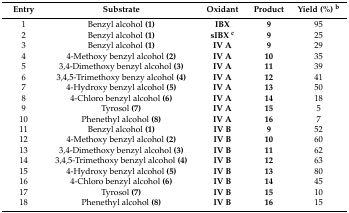
<table><thead><tr><td><b>Entry</b></td><td><b>Substrate</b></td><td><b>Oxidant</b></td><td><b>Product</b></td><td><b>Yield (%) <sup>b</sup></b></td></tr></thead><tbody><tr><td>1</td><td>Benzyl alcohol <b>(1)</b></td><td><b>IBX</b></td><td><b>9</b></td><td>95</td></tr><tr><td>2</td><td>Benzyl alcohol <b>(1)</b></td><td><b>sIBX <sup>c</sup></b></td><td><b>9</b></td><td>25</td></tr><tr><td>3</td><td>Benzyl alcohol <b>(1)</b></td><td><b>IV A</b></td><td><b>9</b></td><td>29</td></tr><tr><td>4</td><td>4-Methoxy benzyl alcohol <b>(2)</b></td><td><b>IV A</b></td><td><b>10</b></td><td>35</td></tr><tr><td>5</td><td>3,4-Dimethoxy benzyl alcohol <b>(3)</b></td><td><b>IV A</b></td><td><b>11</b></td><td>39</td></tr><tr><td>6</td><td>3,4,5-Trimethoxy benzy alcohol <b>(4)</b></td><td><b>IV A</b></td><td><b>12</b></td><td>41</td></tr><tr><td>7</td><td>4-Hydroxy benzyl alcohol <b>(5)</b></td><td><b>IV A</b></td><td><b>13</b></td><td>50</td></tr><tr><td>8</td><td>4-Chloro benzyl alcohol <b>(6)</b></td><td><b>IV A</b></td><td><b>14</b></td><td>18</td></tr><tr><td>9</td><td>Tyrosol <b>(7)</b></td><td><b>IV A</b></td><td><b>15</b></td><td>5</td></tr><tr><td>10</td><td>Phenethyl alcohol <b>(8)</b></td><td><b>IV A</b></td><td><b>16</b></td><td>7</td></tr><tr><td>11</td><td>Benzyl alcohol <b>(1)</b></td><td><b>IV B</b></td><td><b>9</b></td><td>52</td></tr><tr><td>12</td><td>4-Methoxy benzyl alcohol <b>(2)</b></td><td><b>IV B</b></td><td><b>10</b></td><td>60</td></tr><tr><td>13</td><td>3,4-Dimethoxy benzyl alcohol <b>(3)</b></td><td><b>IV B</b></td><td><b>11</b></td><td>62</td></tr><tr><td>14</td><td>3,4,5-Trimethoxy benzyl alcohol <b>(4)</b></td><td><b>IV B</b></td><td><b>12</b></td><td>63</td></tr><tr><td>15</td><td>4-Hydroxy benzyl alcohol <b>(5)</b></td><td><b>IV B</b></td><td><b>13</b></td><td>80</td></tr><tr><td>16</td><td>4-Chloro benzyl alcohol <b>(6)</b></td><td><b>IV B</b></td><td><b>14</b></td><td>45</td></tr><tr><td>17</td><td>Tyrosol <b>(7)</b></td><td><b>IV B</b></td><td><b>15</b></td><td>10</td></tr><tr><td>18</td><td>Phenethyl alcohol <b>(8)</b></td><td><b>IV B</b></td><td><b>16</b></td><td>15</td></tr></tbody></table>